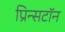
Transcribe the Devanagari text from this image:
प्रिन्सटॉन